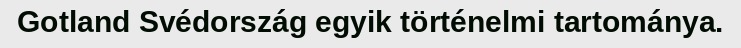
Gotland Svédország egyik történelmi tartománya.